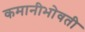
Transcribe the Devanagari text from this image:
कमानीभोवती